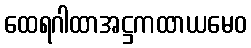
ထေရဂါထာအဋ္ဌကထာယမေဝ